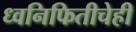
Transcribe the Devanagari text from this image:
ध्वनिफितीचेही